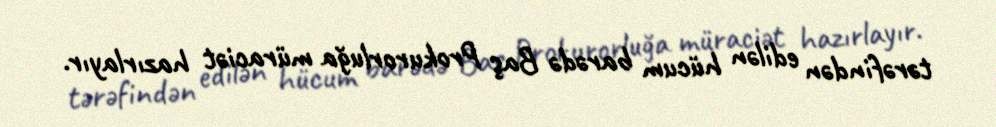
tərəfindən edilən hücum barədə Baş Prokurorluğa müraciət hazırlayır.